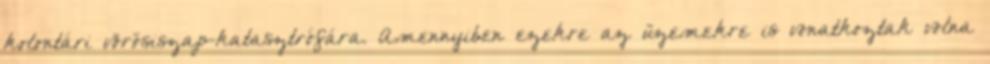
kolontári vörösiszap-katasztrófára. Amennyiben ezekre az üzemekre is vonatkoztak volna